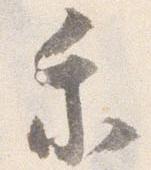
乗